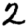
Digit: 2